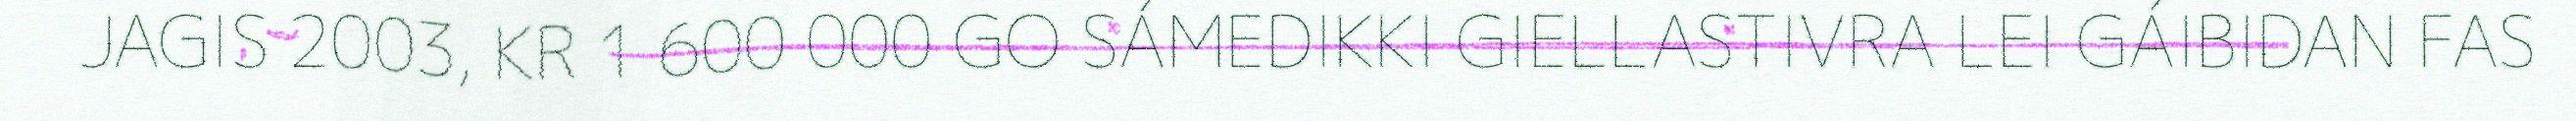
JAGIS 2003, KR 1 600 000 GO SÁMEDIKKI GIELLASTIVRA LEI GÁIBIDAN FAS